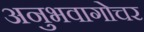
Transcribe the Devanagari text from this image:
अनुभवागोचर